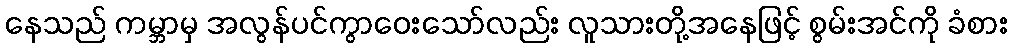
နေသည် ကမ္ဘာမှ အလွန်ပင်ကွာဝေးသော်လည်း လူသားတို့အနေဖြင့် စွမ်းအင်ကို ခံစား